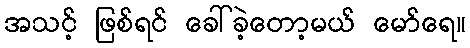
အသင့် ဖြစ်ရင် ခေါ်ခဲ့တော့မယ် မော်ရေ။